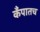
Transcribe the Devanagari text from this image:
कँपातच